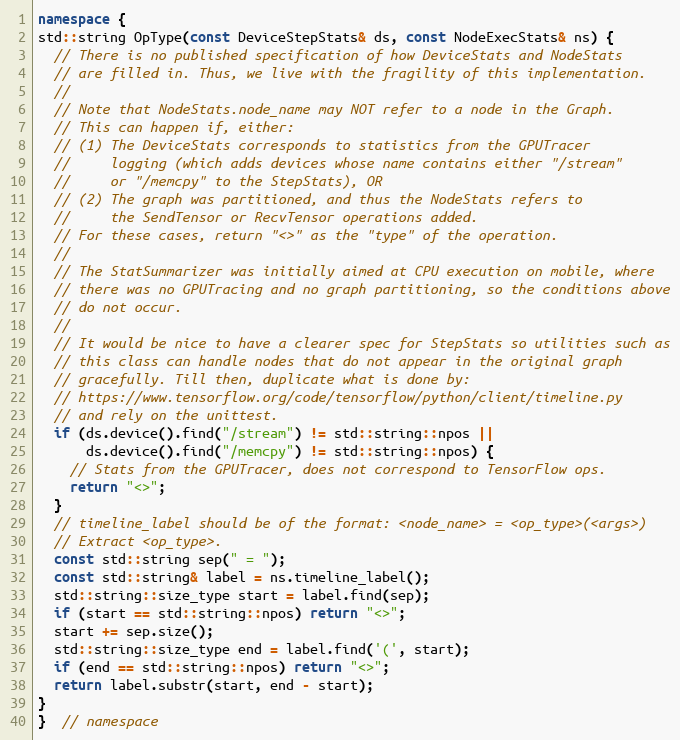
Language: C++
namespace {
std::string OpType(const DeviceStepStats& ds, const NodeExecStats& ns) {
  // There is no published specification of how DeviceStats and NodeStats
  // are filled in. Thus, we live with the fragility of this implementation.
  //
  // Note that NodeStats.node_name may NOT refer to a node in the Graph.
  // This can happen if, either:
  // (1) The DeviceStats corresponds to statistics from the GPUTracer
  //     logging (which adds devices whose name contains either "/stream"
  //     or "/memcpy" to the StepStats), OR
  // (2) The graph was partitioned, and thus the NodeStats refers to
  //     the SendTensor or RecvTensor operations added.
  // For these cases, return "<>" as the "type" of the operation.
  //
  // The StatSummarizer was initially aimed at CPU execution on mobile, where
  // there was no GPUTracing and no graph partitioning, so the conditions above
  // do not occur.
  //
  // It would be nice to have a clearer spec for StepStats so utilities such as
  // this class can handle nodes that do not appear in the original graph
  // gracefully. Till then, duplicate what is done by:
  // https://www.tensorflow.org/code/tensorflow/python/client/timeline.py
  // and rely on the unittest.
  if (ds.device().find("/stream") != std::string::npos ||
      ds.device().find("/memcpy") != std::string::npos) {
    // Stats from the GPUTracer, does not correspond to TensorFlow ops.
    return "<>";
  }
  // timeline_label should be of the format: <node_name> = <op_type>(<args>)
  // Extract <op_type>.
  const std::string sep(" = ");
  const std::string& label = ns.timeline_label();
  std::string::size_type start = label.find(sep);
  if (start == std::string::npos) return "<>";
  start += sep.size();
  std::string::size_type end = label.find('(', start);
  if (end == std::string::npos) return "<>";
  return label.substr(start, end - start);
}
}  // namespace